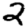
Digit: 2